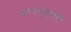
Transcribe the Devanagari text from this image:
कामसूत्रातही